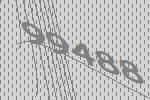
99488